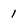
Character: 1